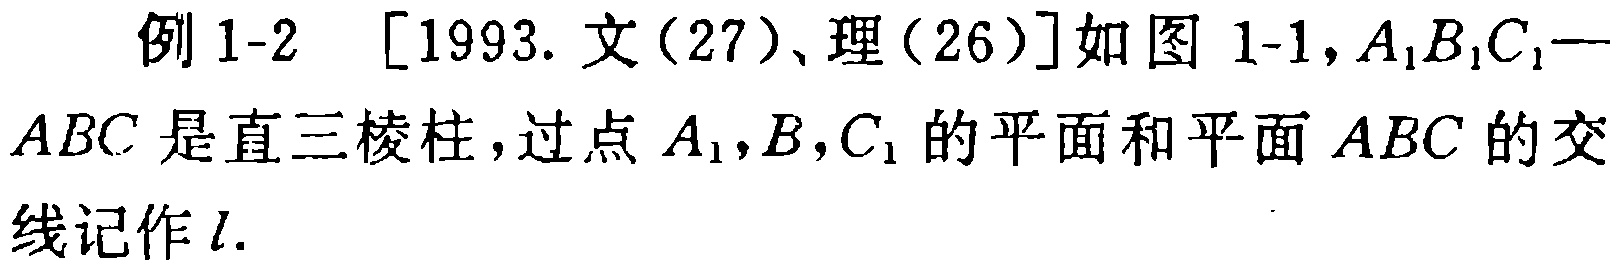
例 1-2  [1993. 文(27)、理(26)]如图 1-1,$A_{1}B_{1}C_{1}-ABC$是直三棱柱，过点$A_{1},B,C_{1}$的平面和平面$ABC$的交线记作$l$.